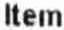
ITEM